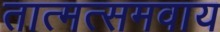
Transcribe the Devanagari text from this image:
तात्मत्समवाय